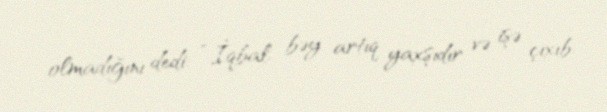
olmadığını dedi: “İqbal bəy artıq yaxşıdır və işə çıxıb.